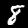
Digit: 8